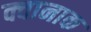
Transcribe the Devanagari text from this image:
क्वानाक